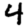
Digit: 4